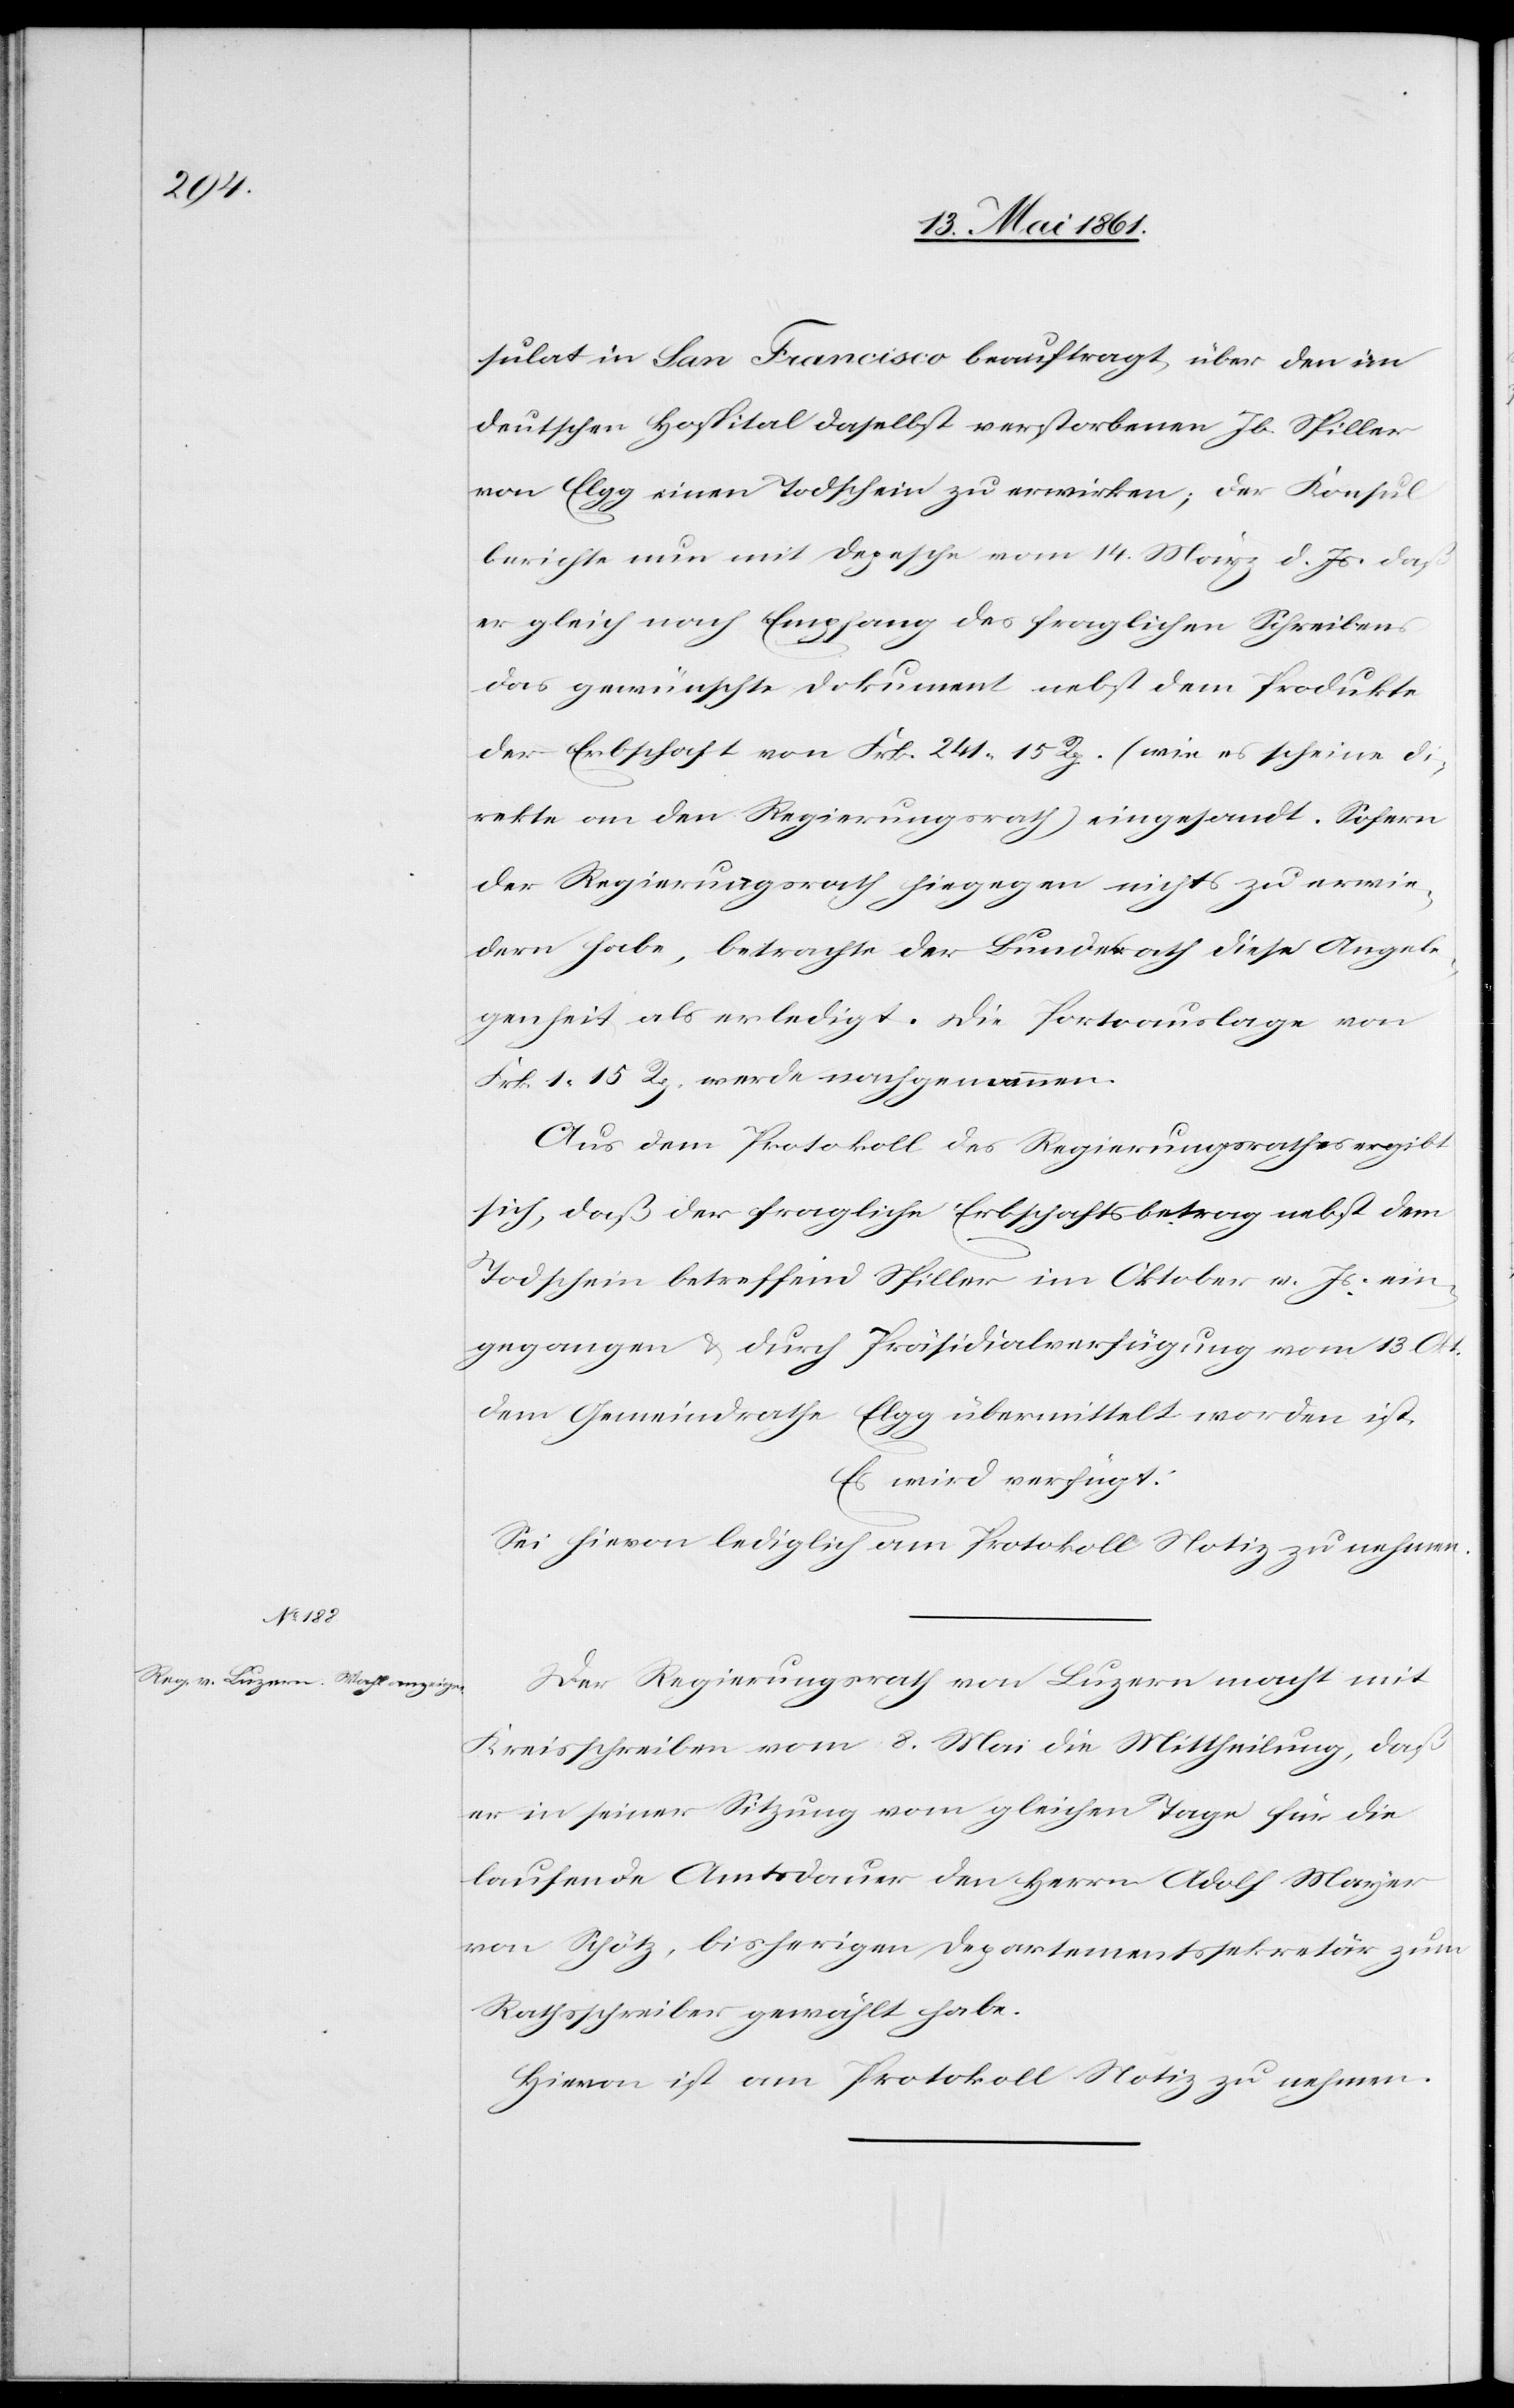
sulat in San Francisco beauftragt, über den im
deutschen Hospital daselbst verstorbenen Jb. Spiller
von Elgg einen Todschein zu erwirken; der Konsul
berichte nun mit Depesche vom 14. März d. Js. daß
er gleich nach Empfang des fraglichen Schreibens
das gewünschte Dokument nebst dem Produkte
der Erbschaft von Frk. 241 15 Rp. (wie es scheine di¬
rekte an den Regierungsrath) eingesandt. Sofern
der Regierungsrath hiegegen nichts zu erwie¬
dern habe, betrachte der Bundesrath diese Angele¬
genheit als erledigt. Die Portoauslage von
Frk. 1 15 Rp. werde nachgenommen.
Aus dem Protokoll des Regierungsrathes ergibt
sich, daß der fragliche Erbschaftsbetrag nebst dem
Todschein betreffend Spiller im Oktober v. Js. ein¬
gegangen u. durch Präsidialverfügung vom 13. Okt.
dem Gemeindrathe Elgg übermittelt worden ist.
Es wird verfügt:
Sei hievon lediglich am Protokoll Notiz zu nehmen.
Der Regierungsrath von Luzern macht mit
Kreisschreiben vom 8. Mai die Mittheilung, daß
er in seiner Sitzung vom gleichen Tage für die
laufende Amtsdauer den Herrn Adolf Mayer
von Schötz, bisherigen Departementssekretär zum
Rathsschreiber gewählt habe.
Hievon ist am Protokoll Notiz zu nehmen.